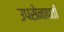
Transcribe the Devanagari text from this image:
उपसेनापती